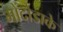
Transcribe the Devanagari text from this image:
गोंदोडाके